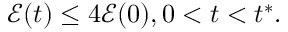
\mathcal { E } ( t ) \leq 4 \mathcal { E } ( 0 ) , 0 < t < t ^ { * } .